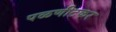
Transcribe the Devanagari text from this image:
पळणीटकर